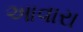
આવારા